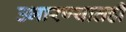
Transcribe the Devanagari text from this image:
उभारण्यातही